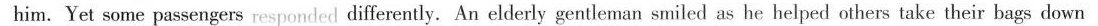
him. Yet some passengers responded differently. An elderly gentleman smiled as he helped others take their bags down